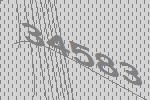
34583